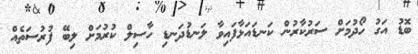
ބޮޑު އަގު ހޯދުމަށް ސަރުކާރުން ކަނޑައަޅާފައިވާ ލަނޑުދަނޑި ހާސިލް ކުރުމަށް ލިބޭ ފުރުސަތެއް